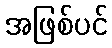
အဖြစ်ပင်